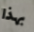
بهذا